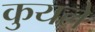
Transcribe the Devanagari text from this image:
कुयले